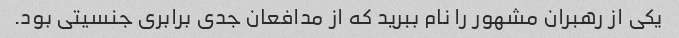
یکی از رهبران مشهور را نام ببرید که از مدافعان جدی برابری جنسیتی بود.